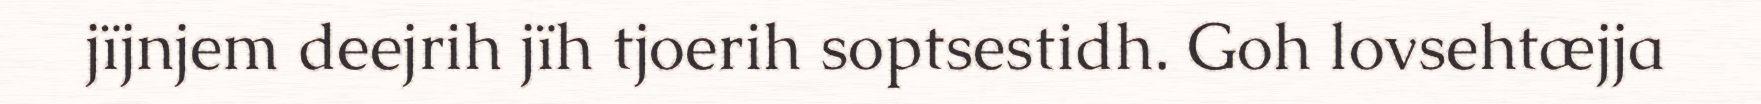
jïjnjem deejrih jïh tjoerih soptsestidh. Goh lovsehtæjja